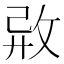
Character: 𢼷